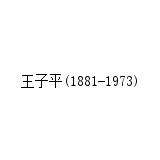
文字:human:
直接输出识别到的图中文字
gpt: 王子平(1881-1973)